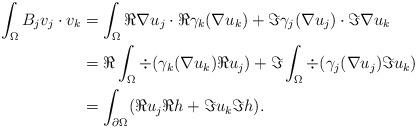
LaTeX: \begin{align*}\begin{aligned}\int_\Omega B_j v_j\cdot v_k &= \int_\Omega \Re\nabla u_j \cdot \Re\gamma_k(\nabla u_k) + \Im\gamma_j(\nabla u_j) \cdot \Im \nabla u_k\\&= \Re\int_\Omega \div(\gamma_k(\nabla u_k) \Re u_j) + \Im\int_\Omega \div(\gamma_j(\nabla u_j) \Im u_k)\\&=\int _{\partial\Omega} ( \Re u_j \Re h + \Im u_k \Im h).\end{aligned}\end{align*}